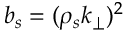
b _ { s } = ( \rho _ { s } k _ { \perp } ) ^ { 2 }